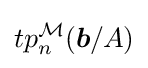
tp_{n}^{\mathcal {M}}({\boldsymbol {b}}/A)